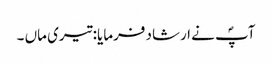
آپؐ نے ارشاد فرمایا: تیری ماں ۔